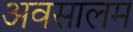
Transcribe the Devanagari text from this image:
अवसालम